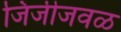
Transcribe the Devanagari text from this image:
जिंजीजवळ